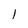
Character: l